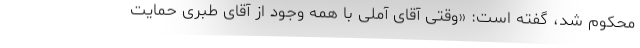
محکوم شد، گفته است: «وقتی آقای آملی با همه وجود از آقای طبری حمایت